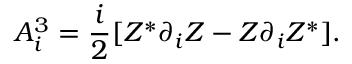
A _ { i } ^ { 3 } = \frac { i } { 2 } [ Z ^ { * } \partial _ { i } Z - Z \partial _ { i } Z ^ { * } ] .